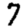
Digit: 7